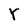
Character: Y